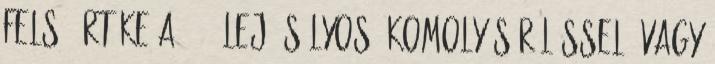
felső értéke a 9600 lej. Súlyos, komoly sérüléssel, vagy